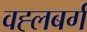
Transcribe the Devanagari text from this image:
वह्लबर्ग